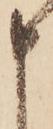
申